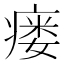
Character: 瘘